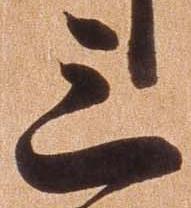
三